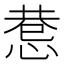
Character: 𢛖